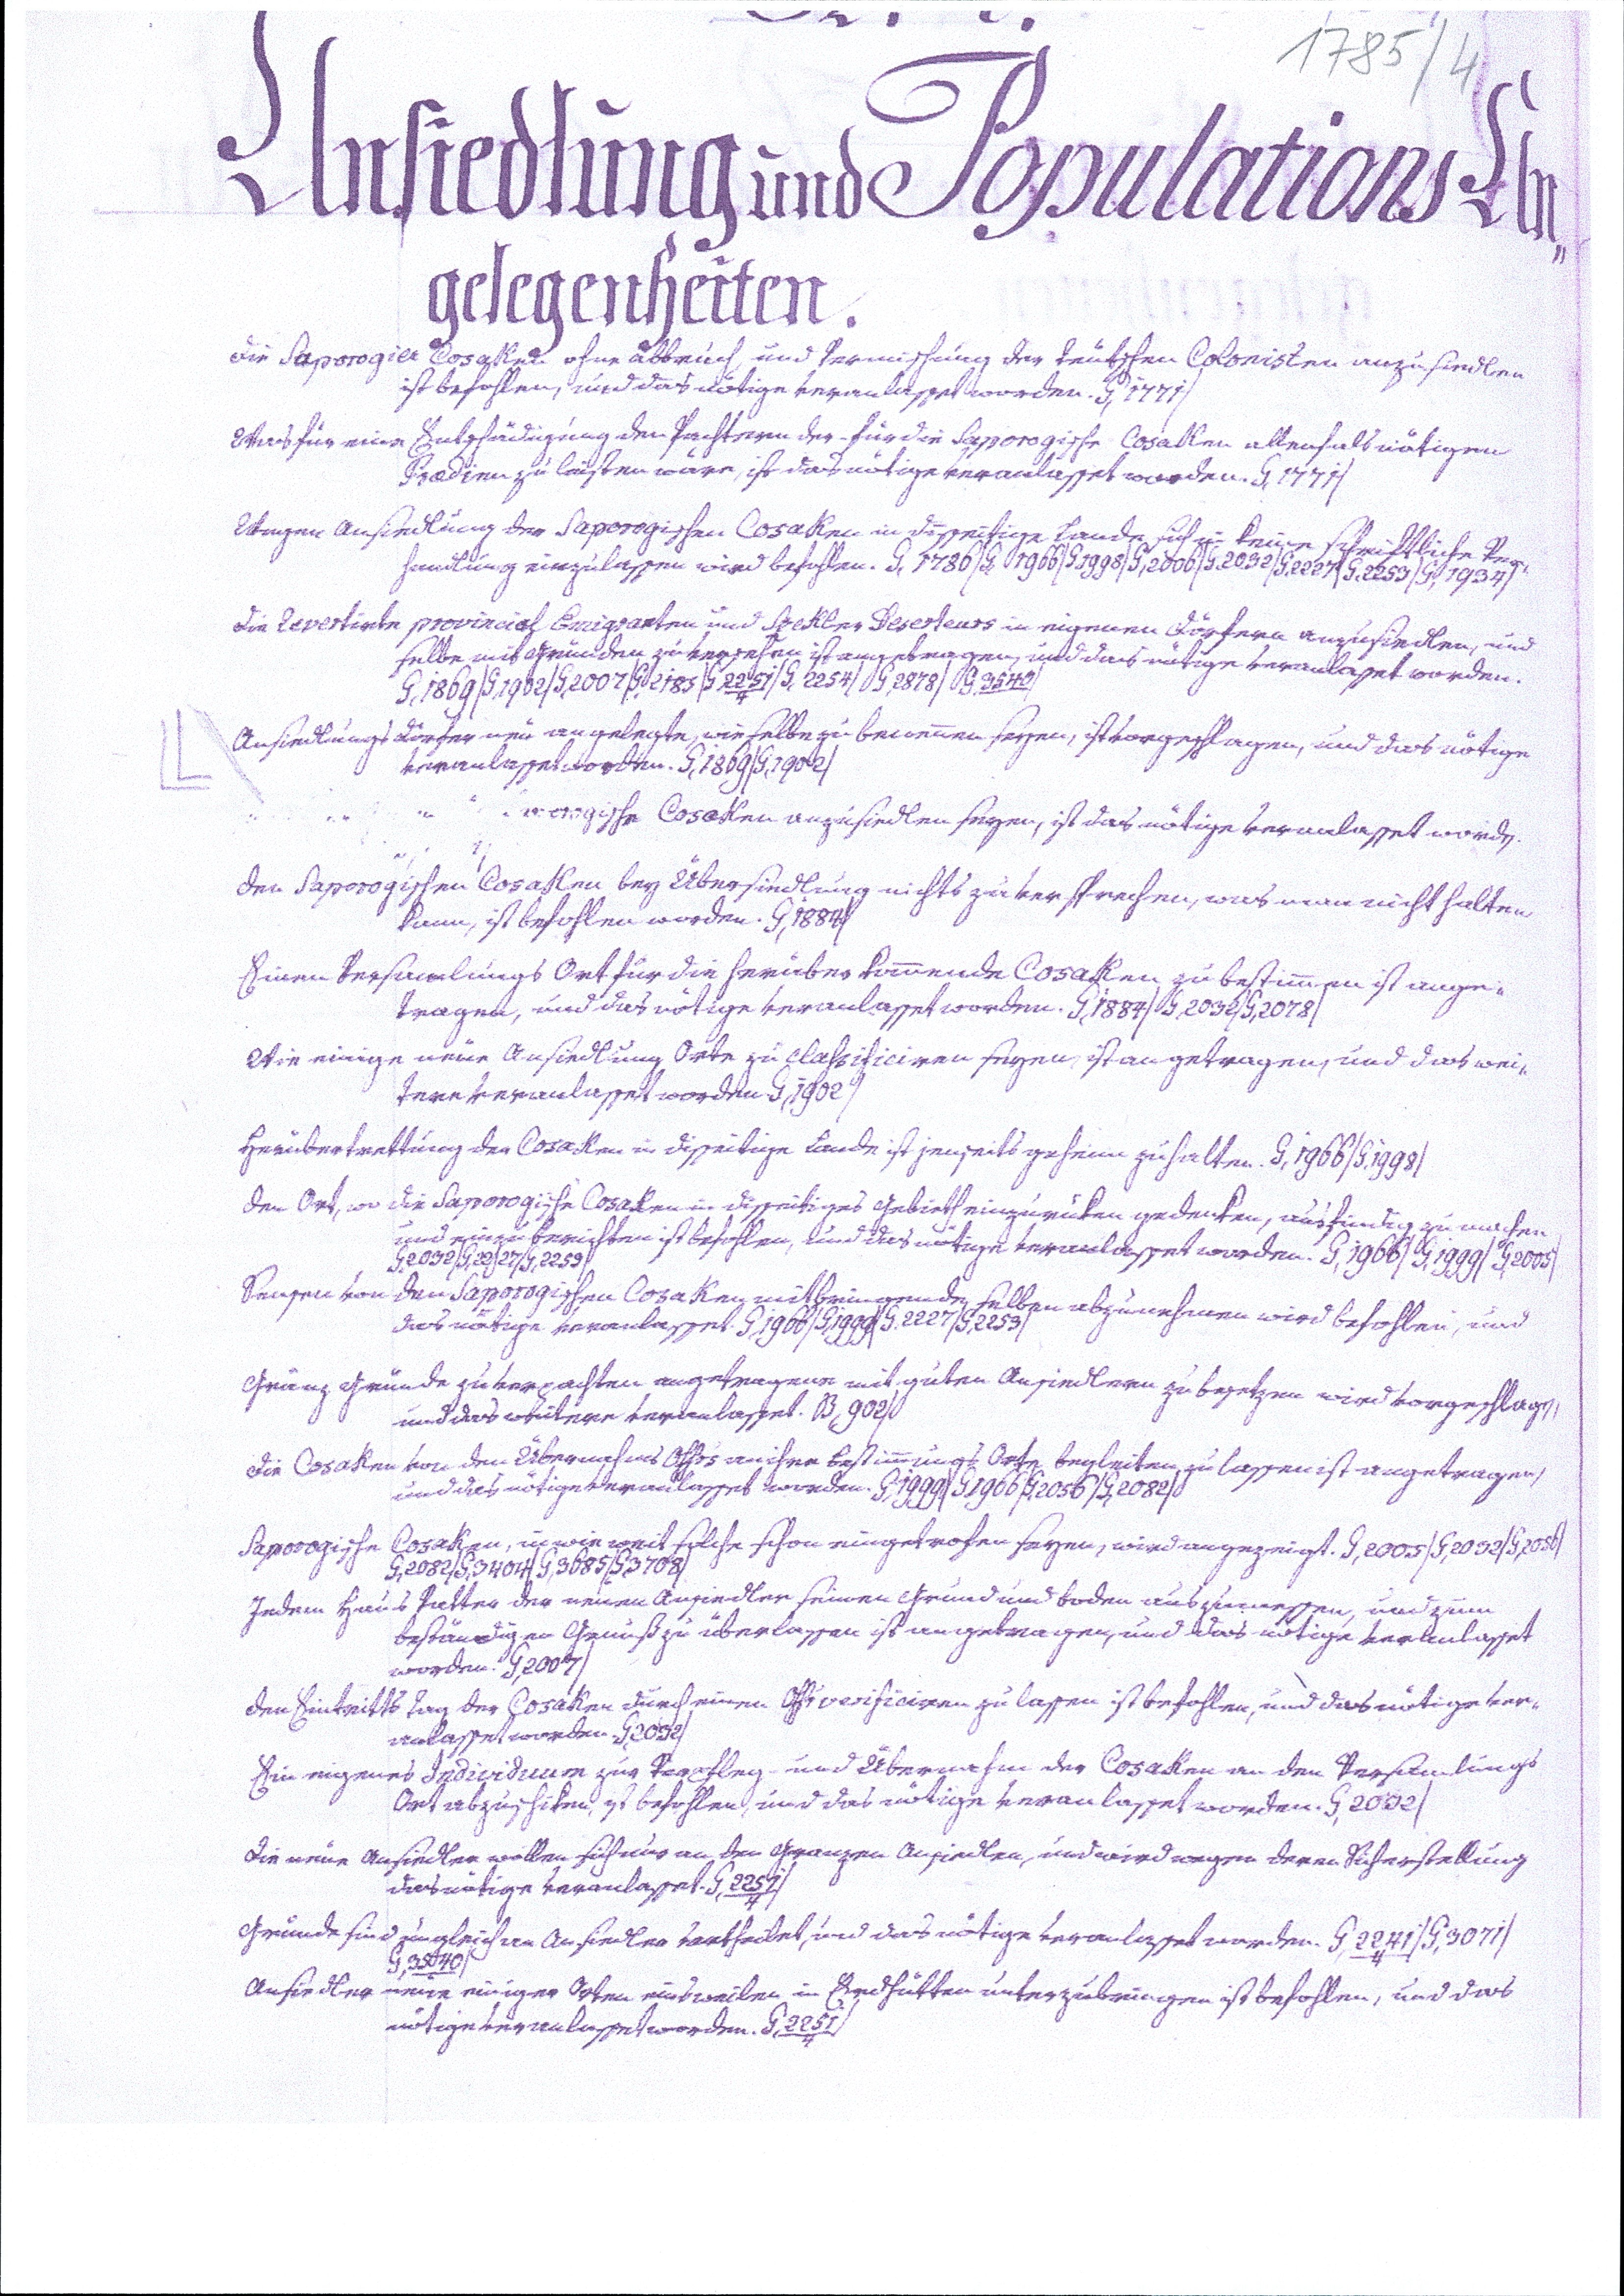
1785/4
Ansiedlung und Populations An¬
gelegenheiten.
Die Saporogier Cosaken ohne Abbruch, und Vermischung der teutschen Colonisten anzusiedlen
ist befohlen, und das nötige veranlasset worden. G,1771/
Was für eine Entschädigung den Pachtern der für die Saporogische Cosaken allenfals nötigen
Praedien zu leisten wäre, ist das nötige veranlasset worden. G,1771/
Wegen Ansiedlung der Saporogischen Cosaken in disseitige Lande sich in keine schriftliche Ver¬
handlung einzulassen wird befohlen. G,1780/G,1966/G,1998/G,2006/G,2032/G,2227/G,2253/G,1934/
Die Revertirte provincial Emigranten und Szekler Deserteurs in eigenen Dörfern anzusiedlen, und
selbe mit Gründen zu versehen ist angetragen, und das nötige veranlasset worden.
G,1869/G,1902/G,2007/G,2185/G,2251/G,2254/G,2878/G,3540/
Ansiedlungs Dörfer neu angelegte, wie selbe zu benennen seyen, ist vorgeschlagen, und das nötige
veranlasset worden. G,1869/G,1902/
 gische Cosaken anzusiedlen seyen, ist das nötige veranlasset worden.

Den Saporogischen Cosaken bey Übersiedlung nichts zu versprechen, was man nicht halten
kann, ist befohlen worden. G,1884/
Einen Versamlungs Ort für die herüber kommende Cosaken zu bestimmen ist ange¬
tragen, und das nötige veranlasset worden. G,1884/G,2032/G,2078/
Wie einige neue Ansiedlung Orte zu classificiren seyen, ist angetragen, und das wei¬
tere veranlasset worden. G,1902/
Herübertrettung der Cosaken in disseitige Lande ist jenseits geheim zu halten. G,1966/G,1998/
Den Ort, wo die Saporogische Cosaken in disseitiges Gebieth einzurüken gedenken, ausfindig zu machen
und einzuberichten ist befohlen, und das nötige veranlasset worden. G,1966/G,1999/G,2005/
G,2032/G,2227/G,2259/
Sensen von den Saporogischen Cosaken mitbringende selben abzunehmen wird befohlen, und
das nötige veranlasset. G,1966/G,1999/G,2227/G,2253/
Gränz Gründe zu verpachten angetragene mit guten Ansiedlern zu besetzen wird vorgeschlagen,
und das weitere veranlasset. B,902/
Die Cosaken von den Übernahms Offc's an ihre Bestimmungs Orte begleiten zu lassen ist angetragen,
und das nötige veranlasset worden. G,1999/G,1966/G,2056/G,2082/
Saporogische Cosaken, in wie weit solche schon eingetrofen seyen, wird angezeigt. G,2005/G,2032/G,2056/
G,2082/G,3404/G,3685/G,3708/
Jedem Haus Vatter der neuen Ansiedler seinen Grund und Boden auszumessen, und zum
beständigen Genuß zu überlassen ist angetragen, und das nötige veranlasset
worden. G,2007/
Den Eintritts Tag der Cosaken durch einen Offc verificiren zu lassen ist befohlen, und das nötige ver¬
anlasset worden. G,2032/
Ein eigenes Individuum zur Verpfleg- und Übernahm der Cosken an den Versamlungs
Ort abzuschiken, ist befohlen, und das nötige veranlasset worden. G,2032/
Die neue Ansiedler wollen sich aus an den Gränzen ansiedlen, und wird wegen deren Sicherstellung
das nötige veranlasset. G,2251/4/
Gründe sind ungleich an Ansiedler vertheilet, und das nötige veranlasset worden. G,2241/4/G,3071/
G,3540/
Ansiedler neue einiger Orten einsweilen in Erdhütten unterzubringen ist befohlen, und das
nötige veranlasset worden. G,2251/4/